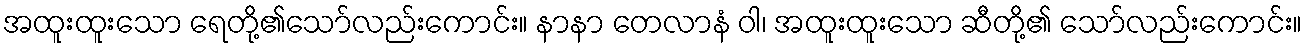
အထူးထူးသော ရေတို့၏သော်လည်းကောင်း။ နာနာ တေလာနံ ဝါ၊ အထူးထူးသော ဆီတို့၏ သော်လည်းကောင်း။